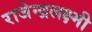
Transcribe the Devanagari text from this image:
राजेन्द्रलक्ष्मी